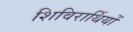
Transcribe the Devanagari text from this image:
शिविरार्थियों